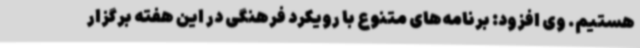
هستیم. وی افزود: برنامه‌های متنوع با رویکرد فرهنگی در این هفته برگزار